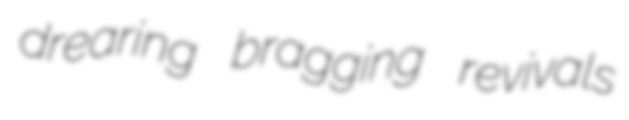
drearing bragging revivals